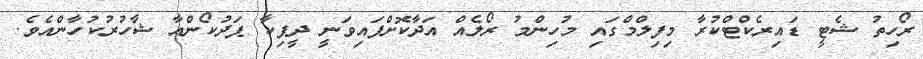
ރޯހިތު ޝެޓީ ޑައިރެކްޓްކުރާ މިފިލްމްގައި މުހިންމު ރޯލެއް އަދާކޮށްފައިވަނީ ދީޕިކާ ޕަދުކޯންއާ ޝާހުރުކުހާންއެވެ.